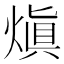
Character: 𤌭